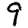
Digit: 9